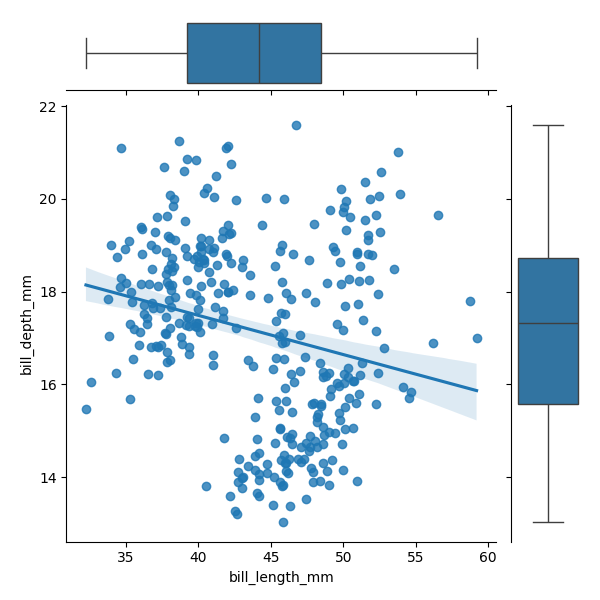
python, seaborn, JointGrid, regplot, boxplot